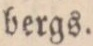
bergs.